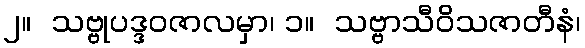
၂။  သဗ္ဗုပဒ္ဒဝဇာလမှာ၊ ၁။  သဗ္ဗာသီဝိသဇာတီနံ၊